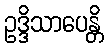
ဥဒ္ဒိသာပေန္တိ